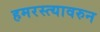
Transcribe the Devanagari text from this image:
हमरस्त्यावरुन